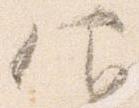
仰